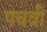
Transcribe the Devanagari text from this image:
पचवी